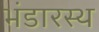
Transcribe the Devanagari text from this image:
भंडारस्थ